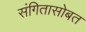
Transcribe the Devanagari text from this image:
संगितासोबत